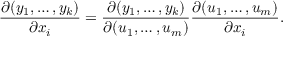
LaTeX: { \frac { \partial ( y _ { 1 } , \ldots , y _ { k } ) } { \partial x _ { i } } } = { \frac { \partial ( y _ { 1 } , \ldots , y _ { k } ) } { \partial ( u _ { 1 } , \ldots , u _ { m } ) } } { \frac { \partial ( u _ { 1 } , \ldots , u _ { m } ) } { \partial x _ { i } } } .